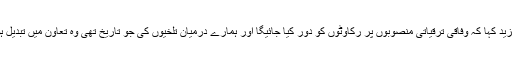
انہوں ںے مزید کہا کہ وفاقی ترقیاتی منصوبوں پر رکاوٹوں کو دور کیا جائیگا اور ہمارے درمیان تلخیوں کی جو تاریخ تھی وہ تعاون میں تبدیل ہو سکتی ہے۔